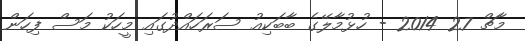
މާޗް 27 2014 - ހުޅުމާލޭގެ ބާބަކިއު ސަރަހައްދުގައި މީހަކު މަސް ފިހަން